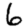
Digit: 6